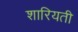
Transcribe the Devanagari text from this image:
शारियती